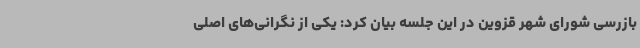
بازرسی شورای شهر قزوین در این جلسه بیان کرد: یکی از نگرانی‌های اصلی